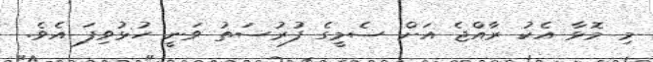
މި މޮޅާ އެކު ރާއްޖެ އަށް ސެމީގެ ފުރުސަތު ވަނީ ހުޅުވިފަ އެވެ.